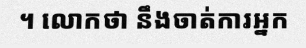
។ លោកថា នឹងចាត់ការអ្នក